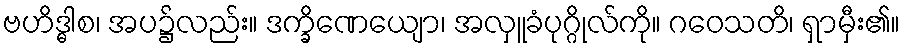
ဗဟိဒ္ဓါစ၊ အပ၌လည်း။ ဒက္ခိဏေယျော၊ အလှူခံပုဂ္ဂိုလ်ကို။ ဂဝေသတိ၊ ရှာမှီး၏။